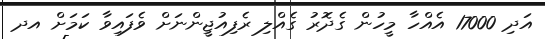
އަދި 17000 އެއްހާ މީހުން ގެދޮރު ގެއްލި ރެފިއުޖީންނަށް ވެފައިވާ ކަމަށް އދ